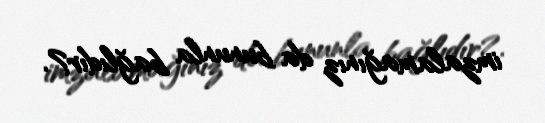
imzalamağınız da bununla bağlıdır?.